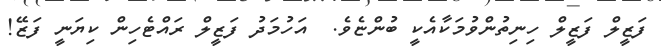
ފަޒީލް ފަޒީލް ހިނިތުންވުމަކާއެކީ ބުންޏެވެ.  އަހުމަދު ފަޒީލް ރައްޓެހިން ކިޔަނީ ފަޒޭ!